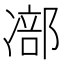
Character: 𠘁